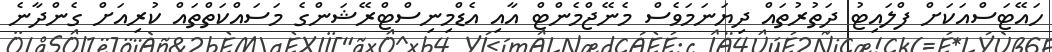
ހައޭޓަސްއަކަށް ފްލައިޓު ދަތުރުތައް ދިޔަނަމަވެސް މެނޭޖްމެންޓް އާއި އެޑްމިނިސްޓްރޭޝަންގެ މަސައްކަތްތައް ކުރިއަށް ގެންދާނެ